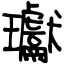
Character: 瓛